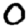
Digit: 0